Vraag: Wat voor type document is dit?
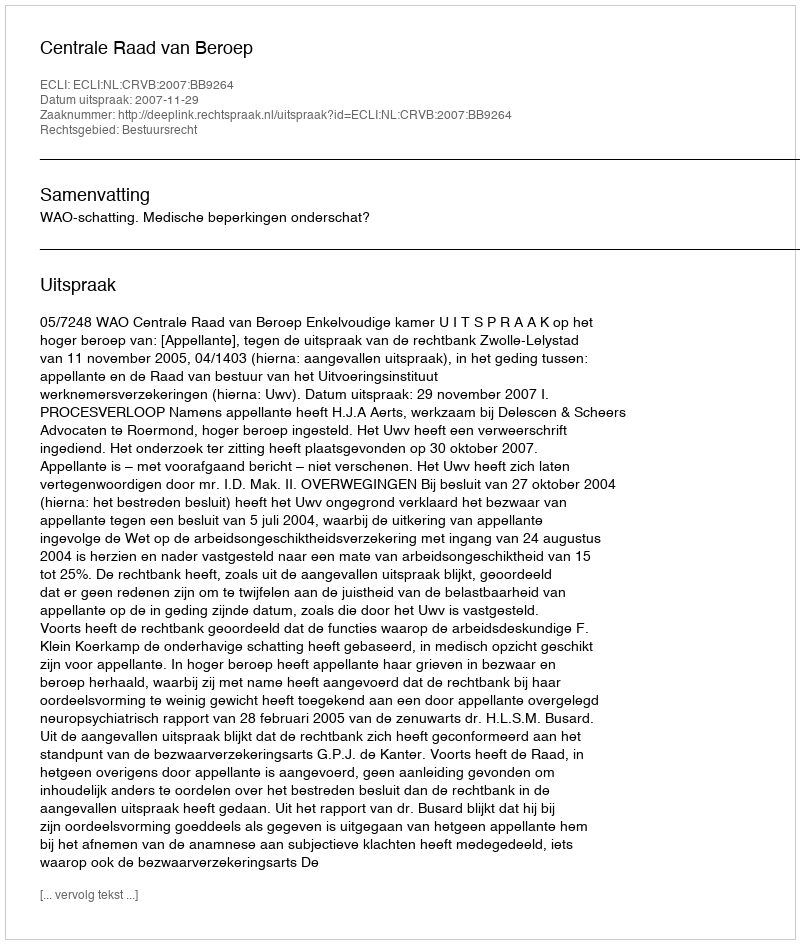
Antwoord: Uitspraak